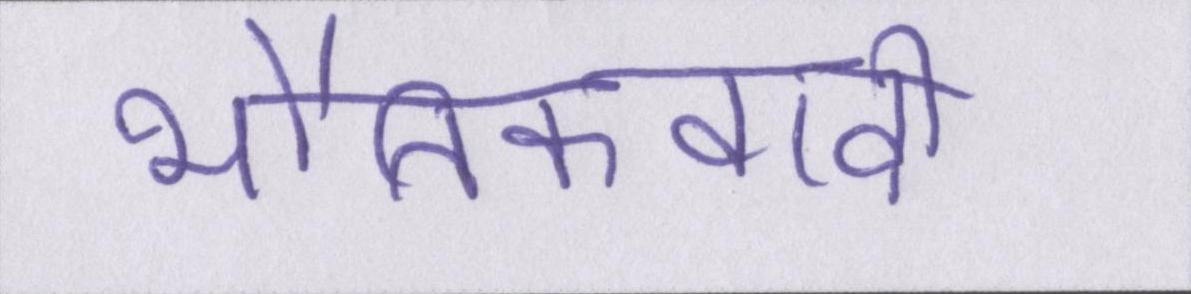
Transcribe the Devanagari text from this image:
भौतिकवादी